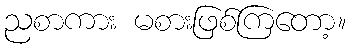
ညစာကား မစားဖြစ်ကြတော့။